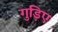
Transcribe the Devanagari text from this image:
गुड़िए